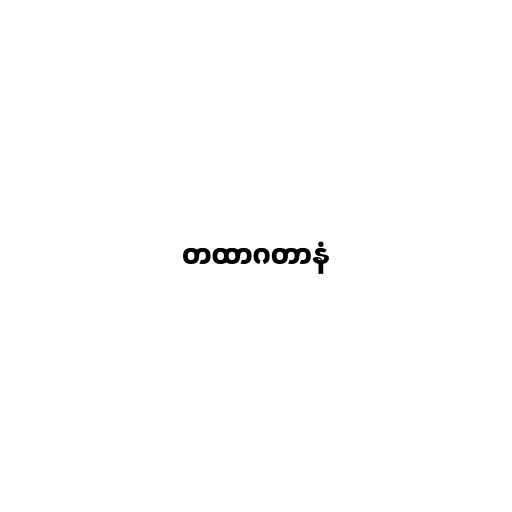
တထာဂတာနံ